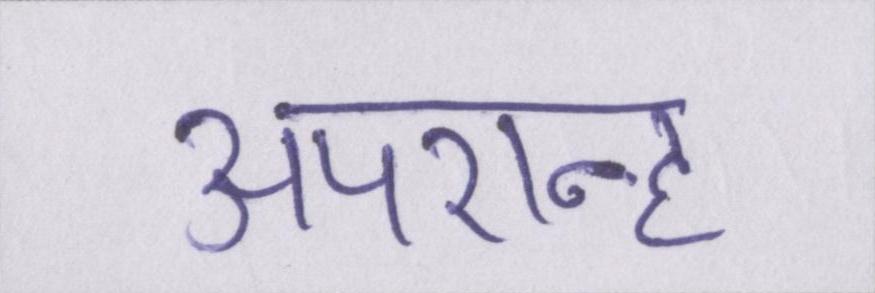
अपरान्ह